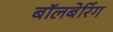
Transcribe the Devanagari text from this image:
बॉलबेरिंग